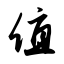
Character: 值